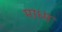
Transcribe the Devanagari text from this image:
माध्म